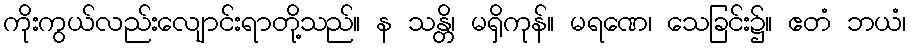
ကိုးကွယ်လည်းလျောင်းရာတို့သည်။ န သန္တိ၊ မရှိကုန်။ မရဏေ၊ သေခြင်း၌။ ဧတံ ဘယံ၊